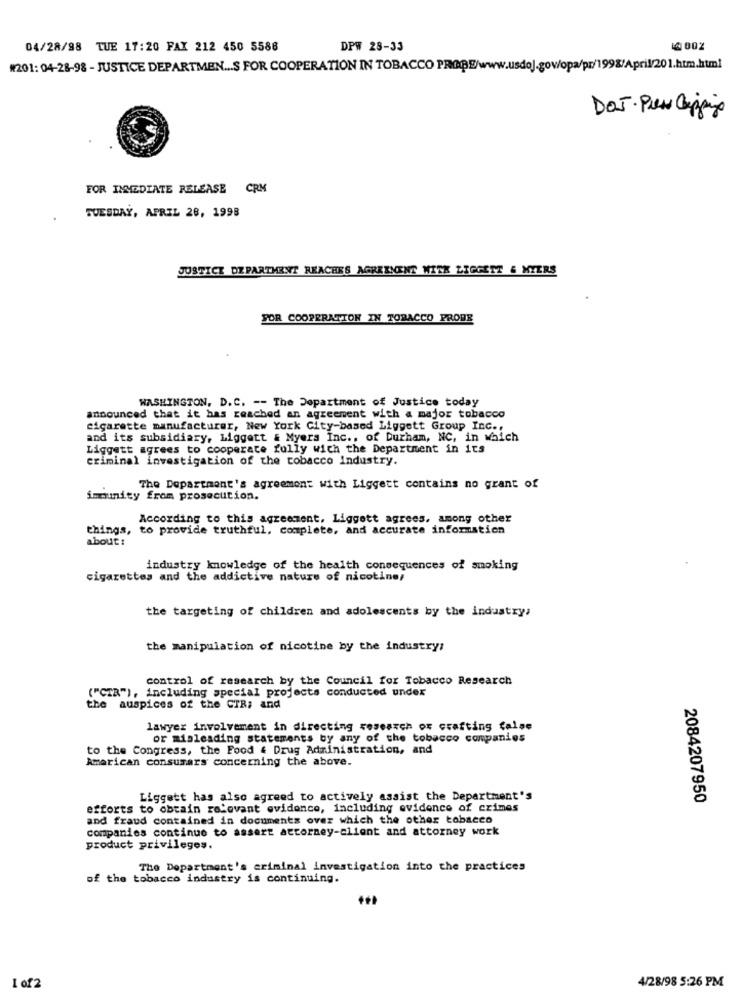
04/28/98 TUE 17:20 FAX 212 450 5588
DPW 28-33
#201: 04-28-98 - JUSTICE DEPARTMEN ... $ FOR COOPERATION IN TOBACCO PROBE/www.usdoj.gov/opa/pr/1998/April/201.htm.html
DOJ. Pien Clipping
FOR IMMEDIATE RELEASE CRM
TUESDAY, APRIL 28, 1998
JUSTICE DEPARTMENT REACHES AGREEMENT WITK LIGGETT & MYERS
FOR COOPERATION IN TOBACCO PROBE
WASHINGTON, D.C. -- The Department of Justice today
announced that it has reached an agreement with a major tobacco
cigarette manufacturer, New York City-based Liggett Group Inc .,
and its subsidiary, Liggett & Myers Inc ., of Durham, NC, in which
Liggett agrees to cooperate fully with the Department in its
criminal investigation of the tobacco industry.
The Department's agreement with Liggett contains no grant of
immunity from prosecution.
According to this agreement, Liggett agrees, among other
things, to provide truthful, complete, and accurate information
about :
industry knowledge of the health consequences of smoking
cigarettes and the addictive nature of nicotine/
the targeting of children and adolescents by the industry;
the manipulation of nicotine by the industry;
control of research by the Council for Tobacco Research
("CTR"), including special projects conducted under
the auspices of the CTR; and
lawyer involvement in directing research or crafting false
or misleading statements by any of the tobacco companies
to the Congress, the Food & Drug Administration, and
American consumars concerning the above.
Liggett has also agreed to actively assist the Department's
2084207950
efforts to obtain relevant evidence, including evidence of crimes
and fraud contained in documents over which the other tobacco
companies continue to assert attorney-client and attorney work
product privileges.
The Department's criminal investigation into the practices
of the tobacco industry is continuing.
4/28/98 5:26 PM
1 of2